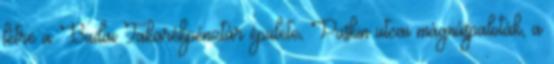
létre a Budai Takarékpénztár épülete, Puskin utcai mágnáspaloták, a